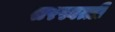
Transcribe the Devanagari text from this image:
सरस्वत्ती